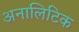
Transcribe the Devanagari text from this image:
अनालिटिक